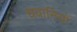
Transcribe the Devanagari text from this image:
धवानियों